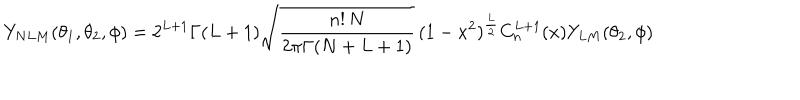
Y _ { N L M } ( \theta _ { 1 } , \theta _ { 2 } , \phi ) = 2 ^ { L + 1 } \Gamma ( L + 1 ) \sqrt { \frac { n ! \, N } { 2 \pi \Gamma ( N + L + 1 ) } } \, ( 1 - x ^ { 2 } ) ^ { \frac L 2 } C _ { n } ^ { L + 1 } ( x ) Y _ { L M } ( \theta _ { 2 } , \phi )